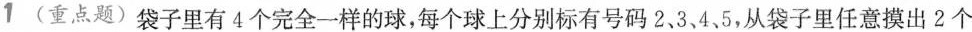
1 (重点题)袋子里有4个完全一样的球，每个球上分别标有号码2、3、4、5，从袋子里任意摸出2个